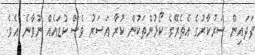
ފަދައިން ސަރުކާރުގެ އެތެރޭގެ ކޯޅުންތަކުން ކުރާ އަސަރު ވެސް ކުޑައެއް ނުވާނެ އެވެ.